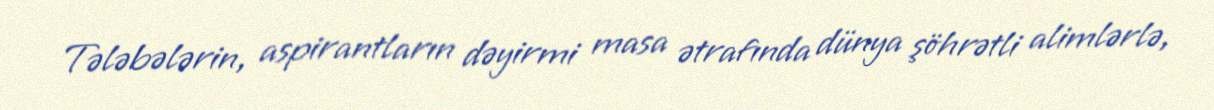
Tələbələrin, aspirantların dəyirmi masa ətrafında dünya şöhrətli alimlərlə,